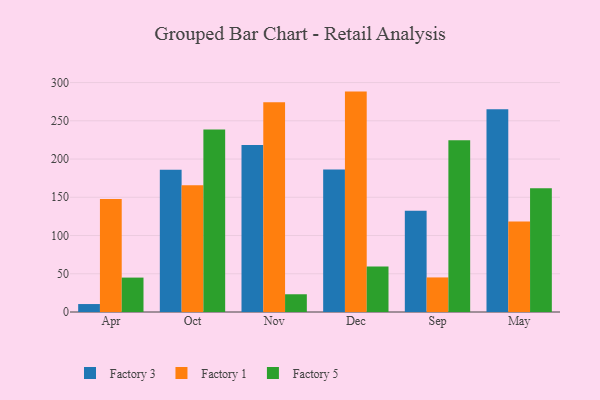
{"axis": {"x": "Month", "y": "Tickets Resolved"}, "legend": ["Factory 1", "Factory 3", "Factory 5"], "data": [{"x": "Apr", "y": 10.4, "type": "Factory 3"}, {"x": "Apr", "y": 147.7, "type": "Factory 1"}, {"x": "Apr", "y": 45.0, "type": "Factory 5"}, {"x": "Oct", "y": 186.1, "type": "Factory 3"}, {"x": "Oct", "y": 165.6, "type": "Factory 1"}, {"x": "Oct", "y": 238.5, "type": "Factory 5"}, {"x": "Nov", "y": 218.5, "type": "Factory 3"}, {"x": "Nov", "y": 274.2, "type": "Factory 1"}, {"x": "Nov", "y": 23.2, "type": "Factory 5"}, {"x": "Dec", "y": 186.2, "type": "Factory 3"}, {"x": "Dec", "y": 288.2, "type": "Factory 1"}, {"x": "Dec", "y": 59.6, "type": "Factory 5"}, {"x": "Sep", "y": 132.5, "type": "Factory 3"}, {"x": "Sep", "y": 45.2, "type": "Factory 1"}, {"x": "Sep", "y": 224.6, "type": "Factory 5"}, {"x": "May", "y": 265.0, "type": "Factory 3"}, {"x": "May", "y": 118.4, "type": "Factory 1"}, {"x": "May", "y": 161.8, "type": "Factory 5"}]}